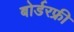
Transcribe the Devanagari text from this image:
बोर्डरफ्री